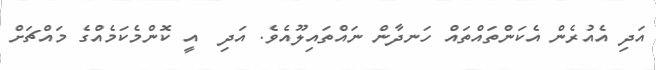
އަދި އެއުރެން އެކަންތައްތައް ހަނދާން ނައްތައިލޫއެވެ. އަދި  އީ ކޮންމެކަމެއްގެ މައްޗަށް